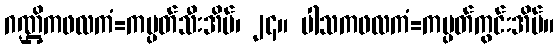
ဂဏ္ဌိကဖလကံ=ကမ္ပတ်သီးအိမ်၊ ၂၄။ ပါသကဖလကံ=ကမ္ပတ်ကွင်းအိမ်။